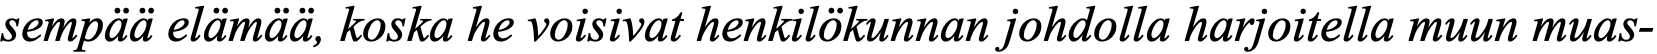
sempää elämää, koska he voisivat henkilökunnan johdolla harjoitella muun muas-